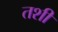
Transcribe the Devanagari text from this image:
तशीं